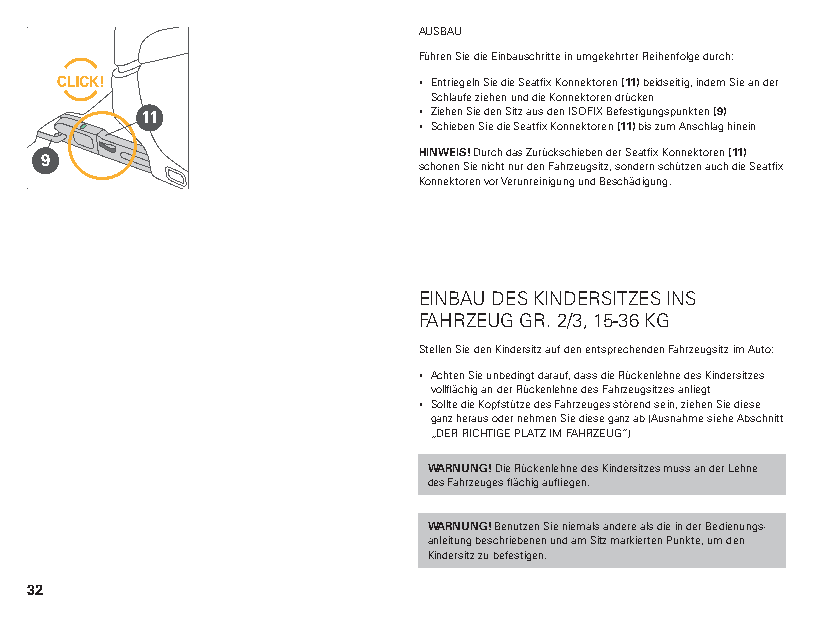
AUSBAU
 Führen Sie die Einbauschritte in umgekehrter Reihenfolge durch:
 ▪ Entriegeln Sie die Seatfix Konnektoren (11) beidseitig, indem Sie an der
 Schlaufe ziehen und die Konnektoren drücken
 11                 ▪ Ziehen Sie den Sitz aus den ISOFIX Befestigungspunkten (9)
 ▪ Schieben Sie die Seatfix Konnektoren (11) bis zum Anschlag hinein
 9                        HINWEIS! Durch das Zurückschieben der Seatfix Konnektoren (11)
 schonen Sie nicht nur den Fahrzeugsitz, sondern schützen auch die Seatfix
 Konnektoren vor Verunreinigung und Beschädigung.
 EINBAU DES KINDERSITZES INS
 FAHRZEUG GR. 2/3, 15-36 KG
 Stellen Sie den Kindersitz auf den entsprechenden Fahrzeugsitz im Auto:
 ▪ Achten Sie unbedingt darauf, dass die Rückenlehne des Kindersitzes
 vollflächig an der Rückenlehne des Fahrzeugsitzes anliegt
 ▪ Sollte die Kopfstütze des Fahrzeuges störend sein, ziehen Sie diese
 ganz heraus oder nehmen Sie diese ganz ab (Ausnahme siehe Abschnitt
 „DER RICHTIGE PLATZ IM FAHRZEUG“)
 WARNUNG! Die Rückenlehne des Kindersitzes muss an der Lehne
 des Fahrzeuges flächig aufliegen.
 WARNUNG! Benutzen Sie niemals andere als die in der Bedienungs-
 anleitung beschriebenen und am Sitz markierten Punkte, um den
 Kindersitz zu befestigen.
 32